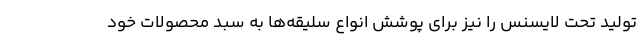
تولید تحت لایسنس را نیز برای پوشش انواع سلیقه‌ها به سبد محصولات خود